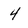
Character: 4